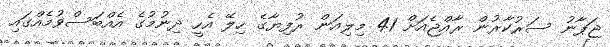
ޖަޕާނު ސަރުކާރުން ރާއްޖެއަށް 41 މިލިއަން ރުފިޔާގެ ހިލޭ އެހީ ދިނުމުގެ އެއްބަސްވުމެއްގައި